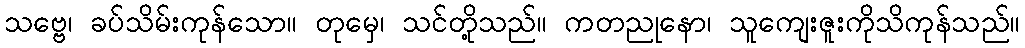
သဗ္ဗေ၊ ခပ်သိမ်းကုန်သော။ တုမှေ၊ သင်တို့သည်။ ကတညုနော၊ သူကျေးဇူးကိုသိကုန်သည်။